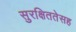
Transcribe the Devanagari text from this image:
सुरक्षिततेसह